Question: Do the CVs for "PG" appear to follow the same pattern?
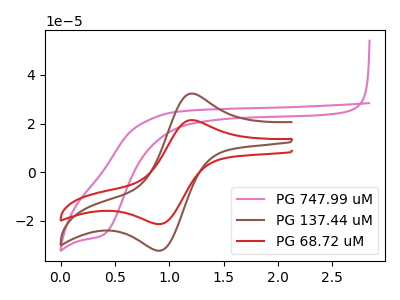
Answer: <think>The pink curve "PG 747.99 uM" has a cathodic peak at: (0.40V, -25.70uA). The brown curve "PG 137.44 uM" has an anodic peak at (1.20V, 32.35uA) and a cathodic peak at (0.90V, -32.35uA). The red curve "PG 68.72 uM" has an anodic peak at (1.20V, 21.40uA) and a cathodic peak at (0.90V, -21.40uA).
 "PG 747.99 uM" and "PG 137.44 uM" have a different number of peaks. "PG 747.99 uM" and "PG 68.72 uM" have a different number of peaks. All the peaks in "PG 137.44 uM" have a peak in "PG 68.72 uM" at the same potential. Every peak in "PG 137.44 uM" is higher than every peak in "PG 68.72 uM".</think>
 <answer>All the CV's of "PG" have similar shape.</answer>
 <eval>follow_rule</eval>